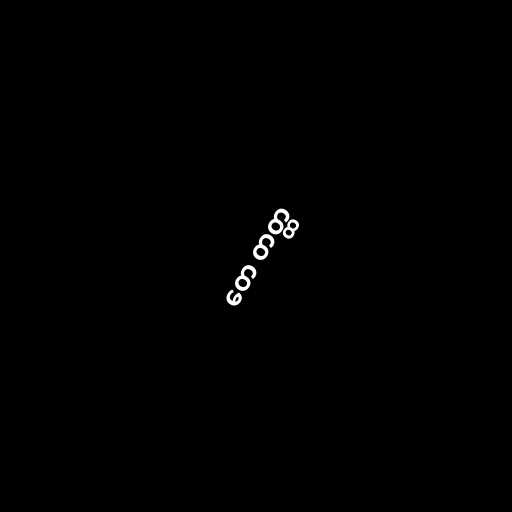
တေ တတ္ထ